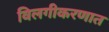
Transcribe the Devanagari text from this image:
विलगीकरणात